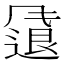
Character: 𫗂